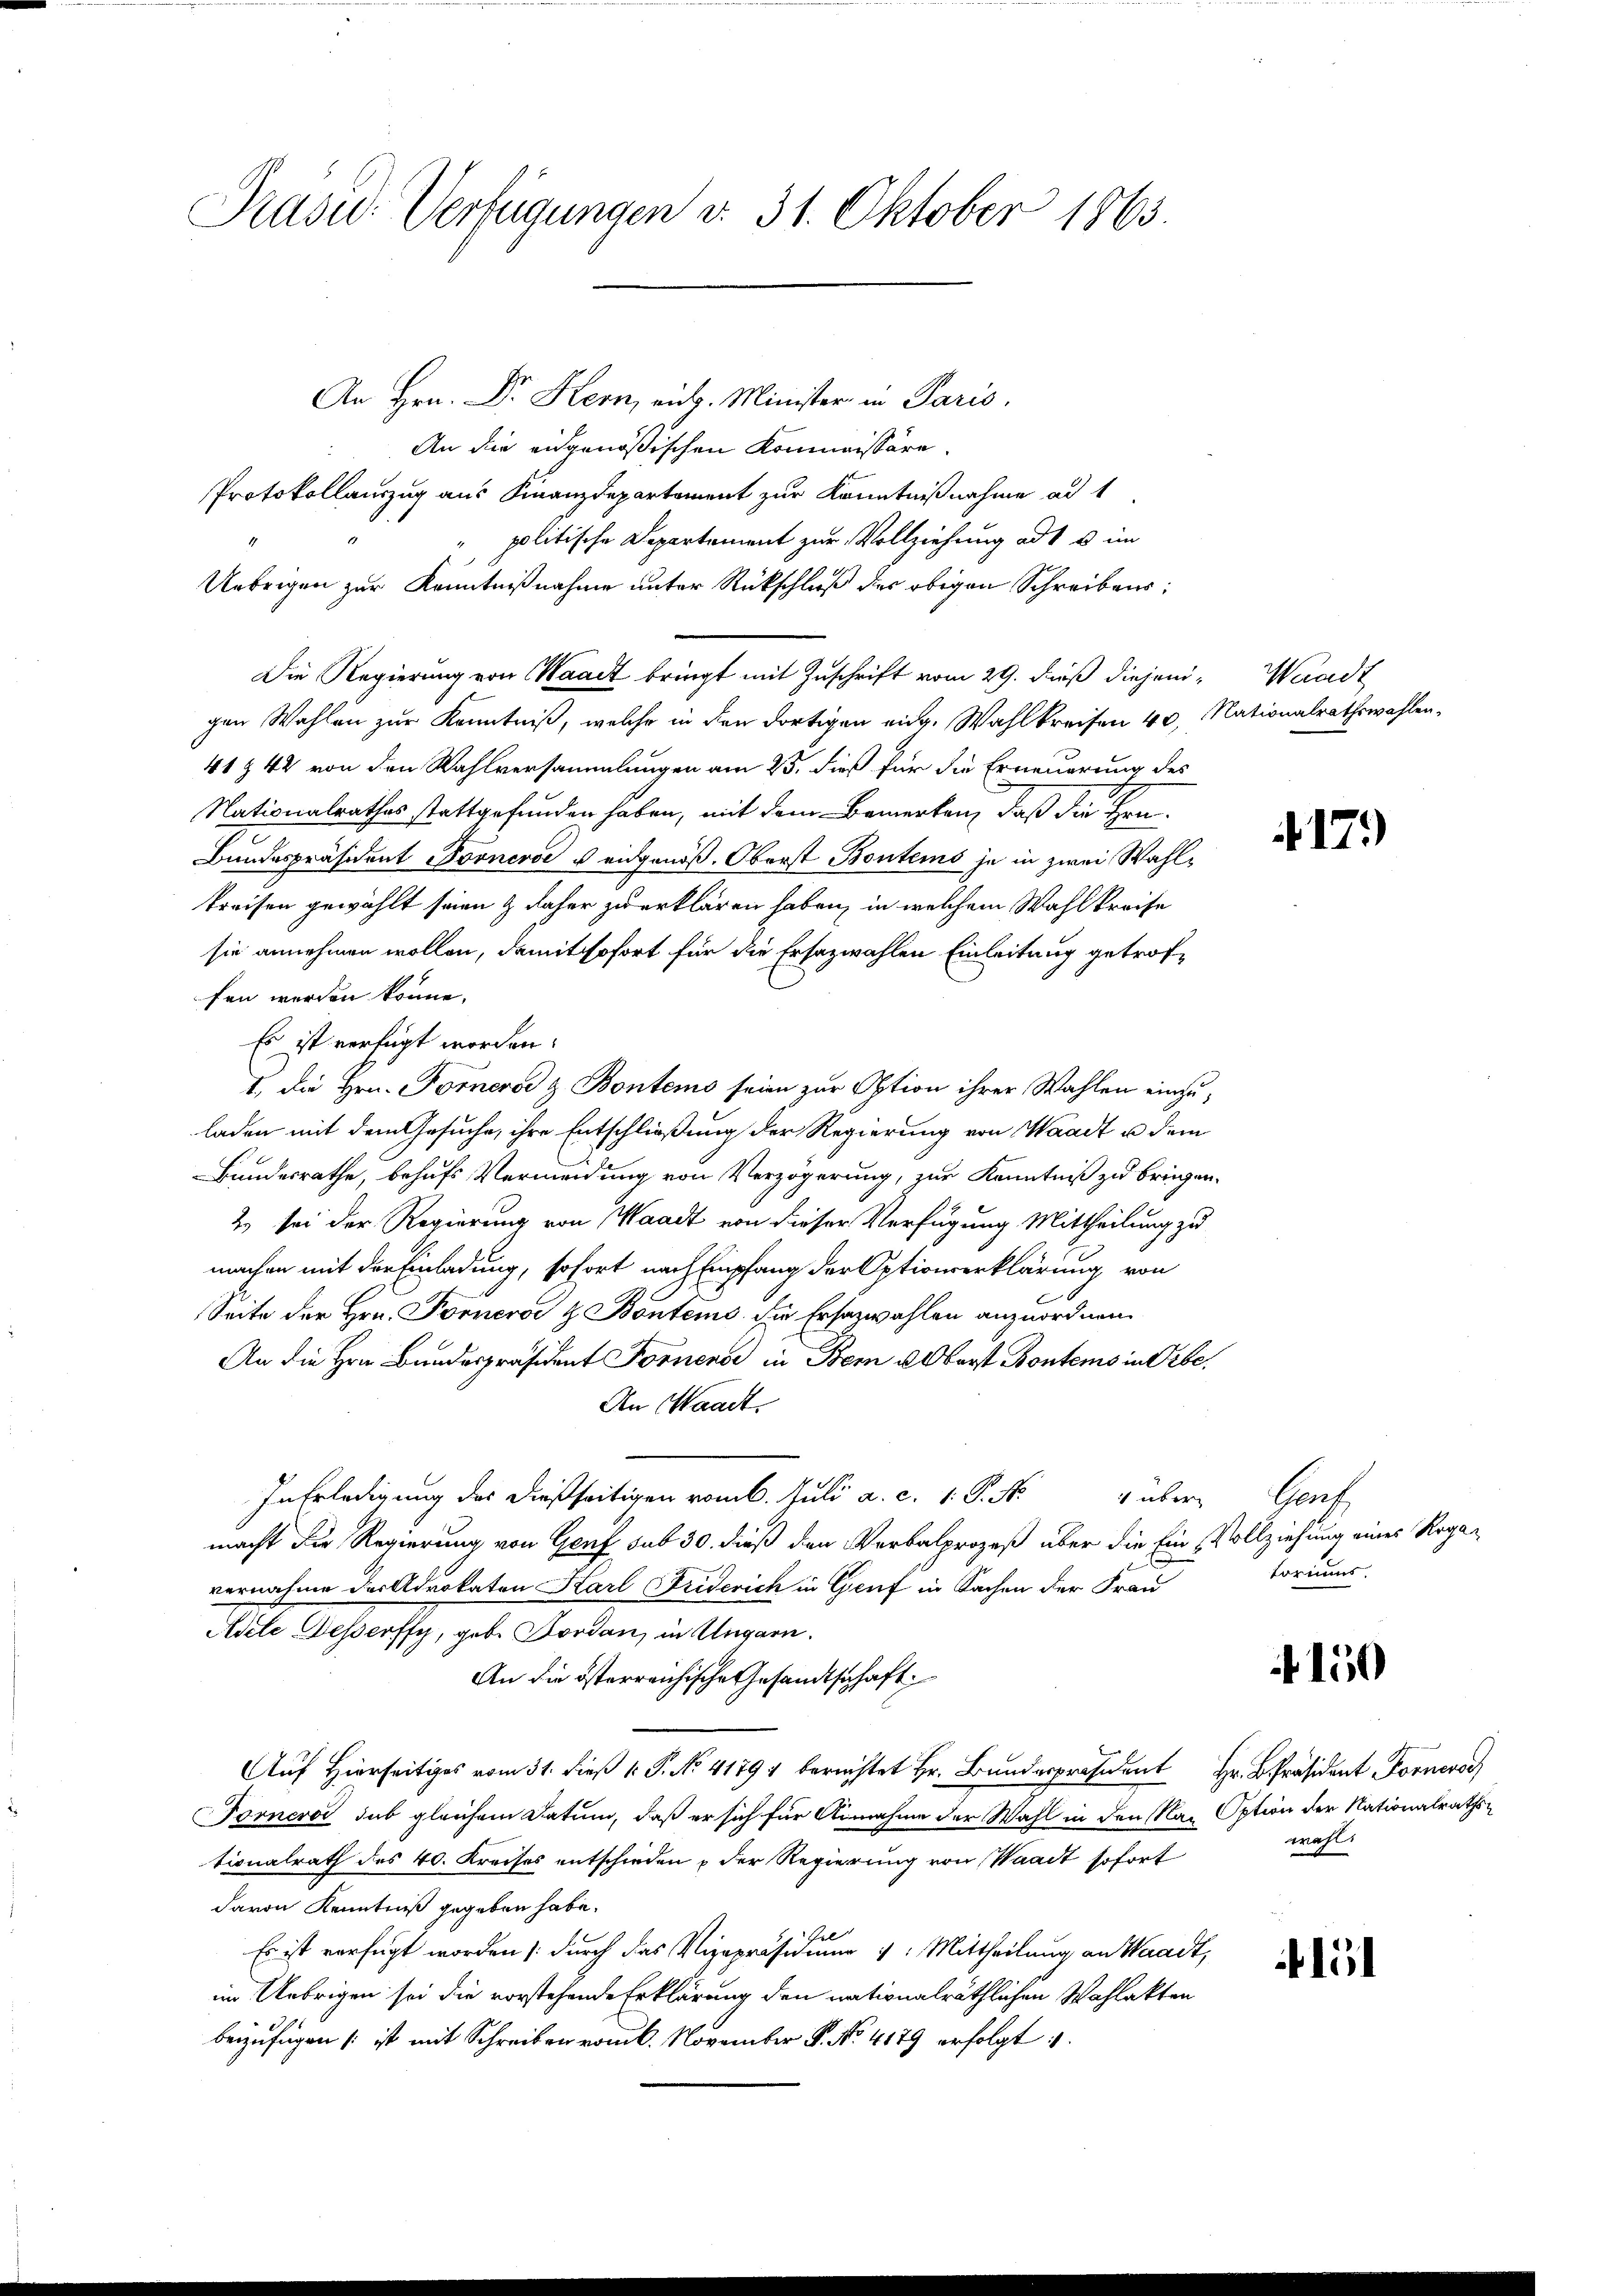
Präsid. Verfügungen d. 31. Oktober 1863.

An Hrn. Dr. Kern, eit. Minister in Paris,
An die eidgenößischen Kommissäre.
Protokollauszug aus Finanzdepartement zur Kenntnißnahme ad 1
politische Departement zur Vollziehung ad 1 u im
Uebrigen zur Kenntnißnahme unter Rückschluß des obigen Schreibens:
Die Regierung von Waadt bringt mit Zuschrift vom 29. Daß diejeni- Waadt
gen Wahlen zur Kenntniß, welche in den dortigen eing. Wahlkreisen 40, Nationalrathswahlen,
41 § 42 von den Wahlversammlungen am 25. dieß für die Erneuerung des
Nationalrathes stattgefunden haben, mit dem Bemerken, daß die Sen¬
Bundespräsident voneroe u eidgenöß. Oberst Bontems je in zwei Wahlkreisen gewählt seien & daher zu erklären haben, in welchem Wahlkreise
sie annehmen wollen, damit sofort für die Ersazwahlen Einleitung getroffen werden könne.
Es ist verfügt worden.
1. die Hrn. Fornerer & Bontems seien zur Option ihrer Wahlen einzuladen mit dem Gesuche, ihre Entschließung der Regierung von Waadt u dem
Bundesrathe, behufs Vermeidung von Verzögerung, zur Kenntniß zu bringen.
2) sei der Regierung von Waadt von dieser Verfügung Mittheilung zu
machen mit der Einladung, sofort nach Empfang der Optionserklärung von
Seite der Hrn. Forner & Bontems die Ersazwahlen anzuordnen.
An die Hrn. Bundespräsident Fornende in Bern u. Oberst Kontems in Erbe
An Waadt.
In Erledigung des dießseitigen vom 6. Juli a. c. 1. P. Nr. 4 über Genf
macht die Regierung von Genf sub 30. dieß den Verbalprozeß über die Ein Vollziehung eines Roga-
vernahme des Advokaten Karl Friderich in Genf in Sachen der Frau
Adele Desserffy, gebe Forden, in Ungarn.
An die österreichische Gesandtschaft
Auf Hierseits vom 31. dieß P. No. 41791 berechtet Hr. Bundespräsident Hr. Präsiden For
Forneros sub gleichem Datum, daß er sich für Annahme der Wahl in den Max Option der Nationalrathstionalrath des 40. Kreises entschieden & der Regierung von Waadt sofort
davon Kenntniß gegeben habe.
Gel
Es ist verfügt worden /: durch das Vizepräsidium 1. Mittheilung an Waadt,
im Uebrigen sei die vorstehende Erklärung den nationalräthlichen Wahlakten
beizufügen (: ist mit Schreiben vom 6. November P. No. 4179 erfolgt.

17.)

toriens.

4150

wohl,

ibli